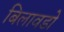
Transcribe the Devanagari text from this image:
बिलावडो